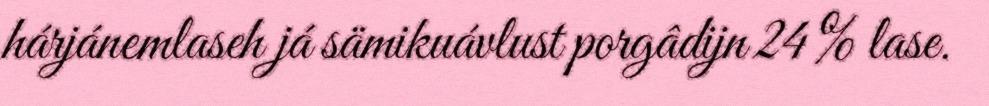
hárjánemlaseh já sämikuávlust porgâdijn 24 % lase.